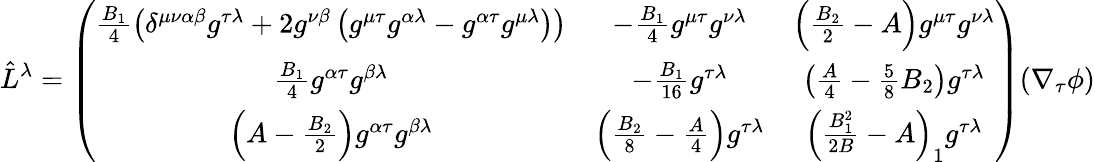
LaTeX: \hat{L}^{\lambda}=\left(\begin{array}{ccc}{{\frac{B_{1}}{4}\left(\delta^{\mu\nu\alpha\beta}g^{\tau\lambda}+2g^{\nu\beta}\left(g^{\mu\tau}g^{\alpha\lambda}-g^{\alpha\tau}g^{\mu\lambda}\right)\right)}}&{{-\frac{B_{1}}{4}g^{\mu\tau}g^{\nu\lambda}}}&{{\left(\frac{B_{2}}{2}-A\right)g^{\mu\tau}g^{\nu\lambda}}}\\ {{\frac{B_{1}}{4}g^{\alpha\tau}g^{\beta\lambda}}}&{{-\frac{B_{1}}{16}g^{\tau\lambda}}}&{{\left(\frac{A}{4}-\frac{5}{8}B_{2}\right)g^{\tau\lambda}}}\\ {{\left(A-\frac{B_{2}}{2}\right)g^{\alpha\tau}g^{\beta\lambda}}}&{{\left(\frac{B_{2}}{8}-\frac{A}{4}\right)g^{\tau\lambda}}}&{{\left(\frac{B_{1}^{2}}{2B}-A\right)_{1}g^{\tau\lambda}}}\end{array}\right)(\nabla_{\tau}\phi)